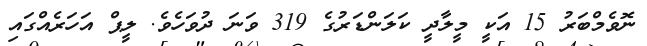
ނޮވެމްބަރު 15 އަކީ މީލާދީ ކަލަންޑަރުގެ 319 ވަނަ ދުވަހެވެ. ލީޕް އަހަރެއްގައި